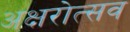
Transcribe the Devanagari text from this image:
अक्षरोत्सव